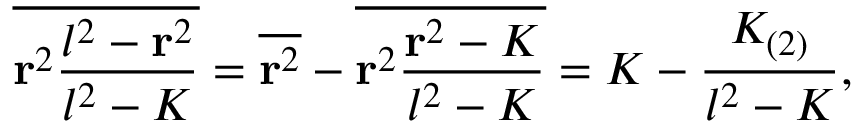
\overline { { { { \bf r } ^ { 2 } { \frac { l ^ { 2 } - { \bf r } ^ { 2 } } { l ^ { 2 } - K } } } } } = \overline { { { { \bf r } ^ { 2 } } } } - \overline { { { { \bf r } ^ { 2 } { \frac { { \bf r } ^ { 2 } - K } { l ^ { 2 } - K } } } } } = K - { \frac { K _ { ( 2 ) } } { l ^ { 2 } - K } } ,